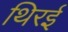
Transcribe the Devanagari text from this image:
थिरई